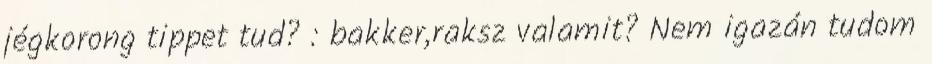
jégkorong tippet tud? : bakker,raksz valamit? Nem igazán tudom